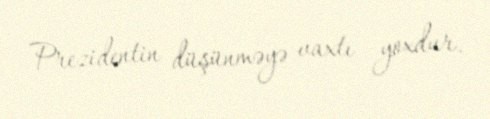
Prezidentin düşünməyə vaxtı yoxdur.